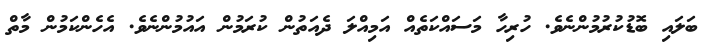
ބަލައި ބޮޑުކުރުމުންނެވެ. ހުރިހާ މަސައްކަތެއް އަމިއްލަ ދެއަތުން ކުރަމުން އައުމުންނެވެ. އެހެންކަމުން މާތް